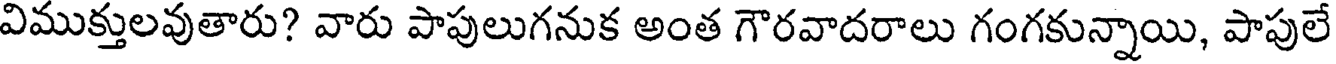
విముక్తులవుతారు? వారు పాపులుగనుక అంత గౌరవాదరాలు గంగకున్నాయి, పాపులే